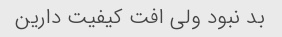
بد نبود ولی افت کیفیت دارین